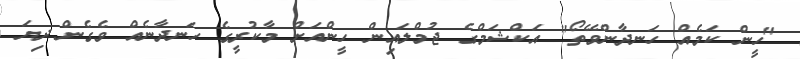
"ހީން ކަމެއް ހަނދާންވޭތޯ" އަކްޝަމްގެ ޖުމްލައިން ހީންއަށް މާކުރީގެ ހަނދާނެއް ވެގެން ދިޔަ